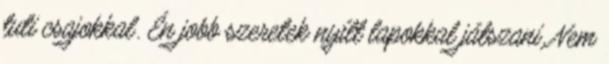
tuti csajokkal. Én jobb szeretek nyílt lapokkal játszani. Nem